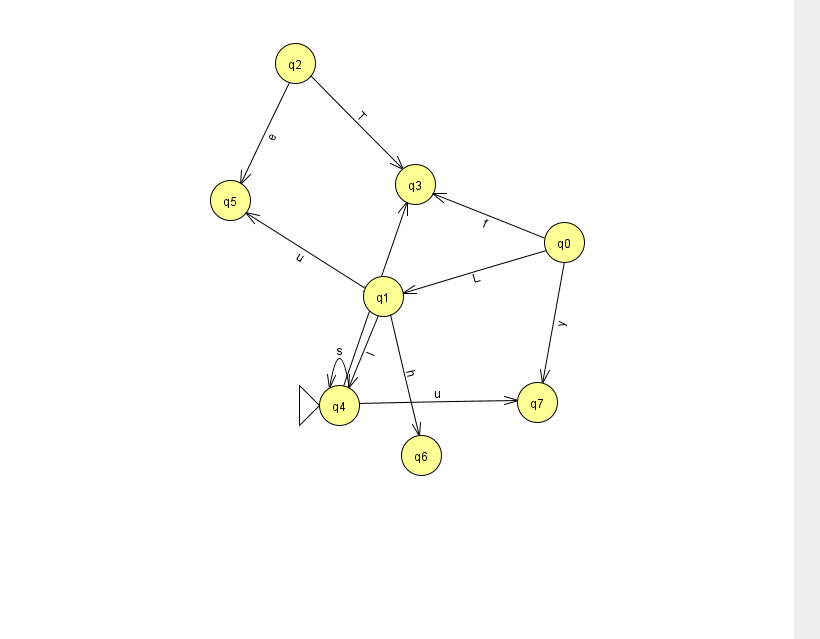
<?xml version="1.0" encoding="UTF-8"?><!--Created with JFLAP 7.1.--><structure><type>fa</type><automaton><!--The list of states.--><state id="0" name="q0"><x>564.0</x><y>229.0</y></state><state id="1" name="q1"><x>383.0</x><y>283.0</y></state><state id="2" name="q2"><x>295.0</x><y>50.0</y></state><state id="3" name="q3"><x>415.0</x><y>171.0</y></state><state id="4" name="q4"><x>339.0</x><y>392.0</y><initial/></state><state id="5" name="q5"><x>230.0</x><y>187.0</y></state><state id="6" name="q6"><x>421.0</x><y>442.0</y></state><state id="7" name="q7"><x>537.0</x><y>389.0</y></state><!--The list of transitions.--><transition><from>0</from><to>3</to><read>f</read></transition><transition><from>0</from><to>7</to><read>y</read></transition><transition><from>1</from><to>5</to><read>u</read></transition><transition><from>4</from><to>4</to><read>s</read></transition><transition><from>2</from><to>3</to><read>T</read></transition><transition><from>2</from><to>5</to><read>e</read></transition><transition><from>1</from><to>6</to><read>h</read></transition><transition><from>4</from><to>3</to><read>Y</read></transition><transition><from>4</from><to>7</to><read>u</read></transition><transition><from>1</from><to>4</to><read>l</read></transition><transition><from>0</from><to>1</to><read>L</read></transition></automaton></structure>